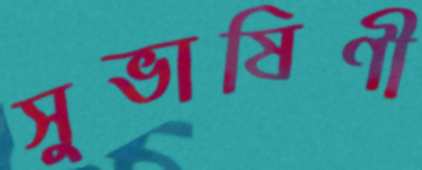
সুভাষিণী